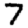
Digit: 7